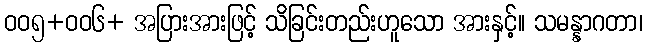
ဝဝ၅+ဝဝ၆+ အပြားအားဖြင့် သိခြင်းတည်းဟူသော အားနှင့်။ သမန္နာဂတာ၊